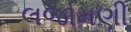
લજામણી